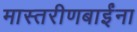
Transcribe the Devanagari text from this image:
मास्तरीणबाईंना